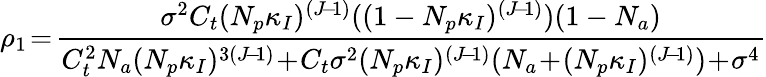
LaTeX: \rho_{1}\! =\! \frac{\sigma^{2}C_{t}(N_{p}\kappa_{I})^{(J\! -\! 1)}((1-N_{p}\kappa_{I})^{(J\! -\! 1)})(1-N_{a})}{C_{t}^{2}N_{a}(N_{p}\kappa_{I})^{3(J\! -\! 1)}\! +\! C_{t}\sigma^{2}(N_{p}\kappa_{I})^{(J\! -\! 1)}(N_{a}\! +\! (N_{p}\kappa_{I})^{(J\! -\! 1)})\! +\! \sigma^{4}}